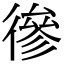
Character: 𢕕